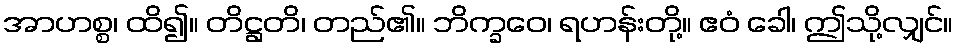
အာဟစ္စ၊ ထိ၍။ တိဋ္ဌတိ၊ တည်၏။ ဘိက္ခဝေ၊ ရဟန်းတို့။ ဧဝံ ခေါ၊ ဤသို့လျှင်။